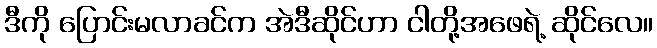
ဒီကို ပြောင်းမလာခင်က အဲဒီဆိုင်ဟာ ငါတို့အဖေရဲ့ ဆိုင်လေ။